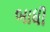
બાધી